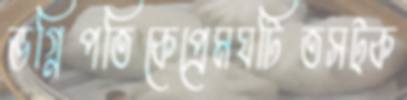
ভগ্নিপতিকেপ্রেমঘটিতসট্‌ক